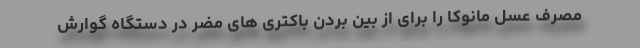
مصرف عسل مانوکا را برای از بین بردن باکتری های مضر در دستگاه گوارش